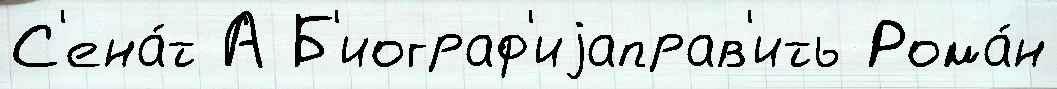
С'ена́т А Б'иограф'иjаправ'ить Рома́н